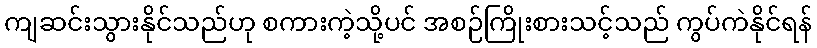
ကျဆင်းသွားနိုင်သည်ဟု စကားကဲ့သို့ပင် အစဉ်ကြိုးစားသင့်သည် ကွပ်ကဲနိုင်ရန်